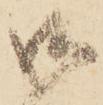
御